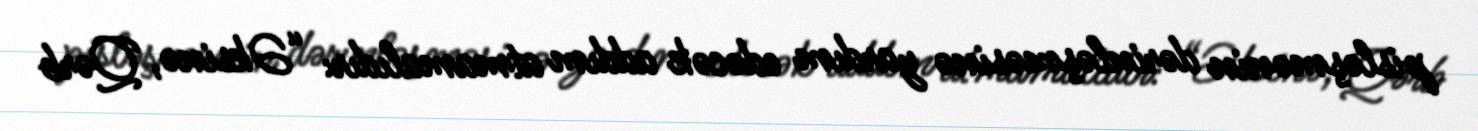
pisləşmənin dərinləşməsinə yardım edəcək addım atmamalıdır: “Əksinə, Qərb